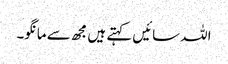
اللہ سائیں کہتے ہیں مجھ سے مانگو۔